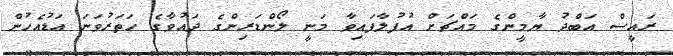
ރައީސް އަބްދު ޔާމީންގެ މައްޗަށް އުފުލާފައިވާ މަނީ ލޯންޑަރިންގެ ދައުވާގެ ހަތަރުވަނަ އަޑުއެހުން